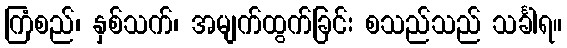
ကြံစည်၊ နှစ်သက်၊ အမျက်ထွက်ခြင်း စသည်သည် သင်္ခါရ။